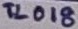
Text: TL018